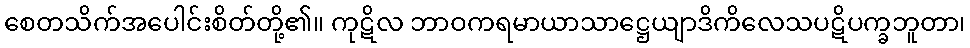
စေတသိက်အပေါင်းစိတ်တို့၏။ ကုဋိလ ဘာဝကရမာယာသာဋ္ဌေယျာဒိကိလေသပဋိပက္ခဘူတာ၊